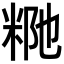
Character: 𥹗